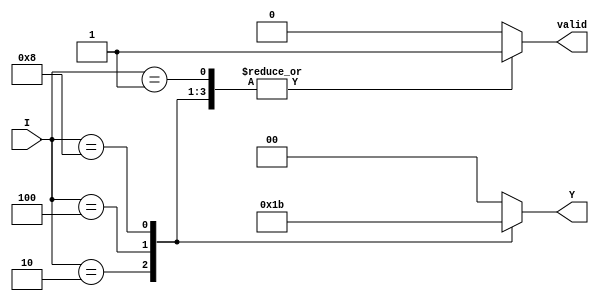
module binary_encoder(
    input wire [3:0] I,  // 4 input lines
    output reg [1:0] Y,  // 2 output lines
    output reg valid     // Indicates valid output (1 = valid, 0 = invalid)
);

    always @(*) begin
        case (I)
            4'b0001: begin
                Y = 2'b00; 
                valid = 1'b1;  // Valid output
            end
            4'b0010: begin
                Y = 2'b01; 
                valid = 1'b1;  // Valid output
            end
            4'b0100: begin
                Y = 2'b10; 
                valid = 1'b1;  // Valid output
            end
            4'b1000: begin
                Y = 2'b11; 
                valid = 1'b1;  // Valid output
            end
            default: begin
                Y = 2'b00; 
                valid = 1'b0;  // Invalid output when no inputs are active
            end
        endcase
    end

endmodule